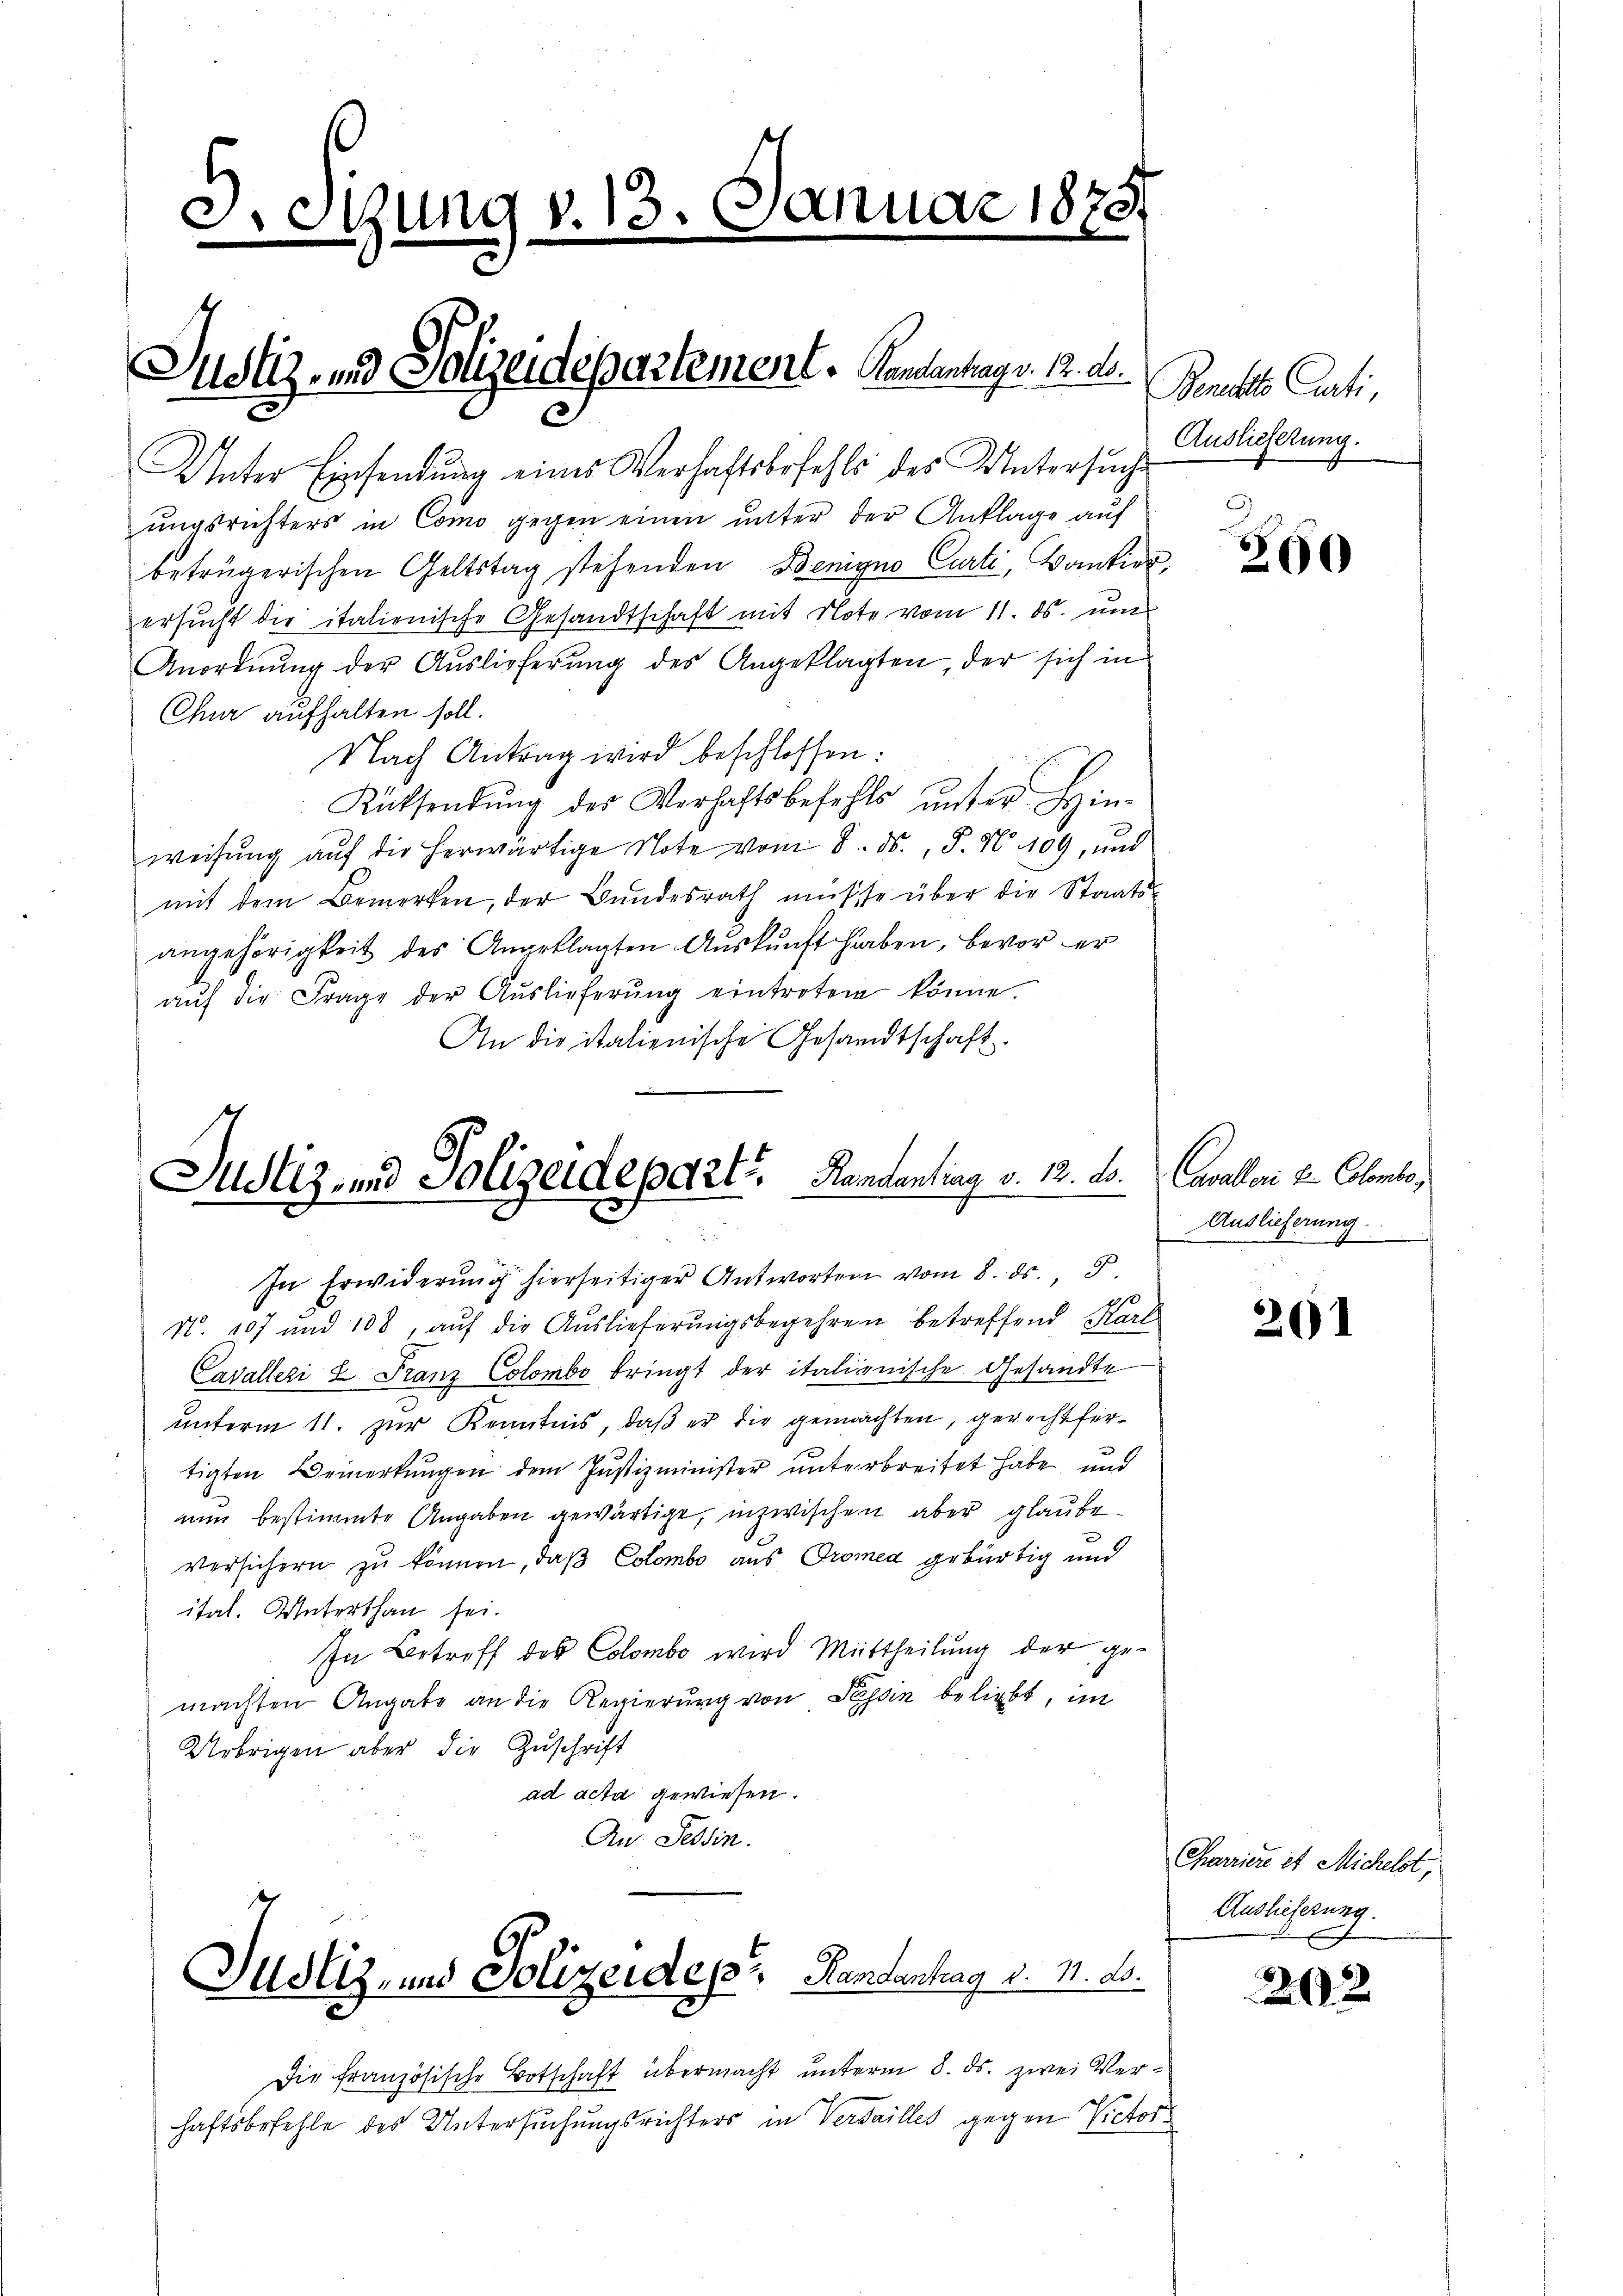
d. Sizung v. 13. Januar 1873

Justiz- und Polizeidepartement. Handentags. 12. ds.

Unter Einsendung eines Verhaftsbefehls des Untersuche
ungsrichters in Como gegen einen unter der Anklage auf
betrügerischen Geltstag stehenden Benigno Curti, Bankier,
ersucht die italienische Gesandtschaft mit Note vom 11. ds. um
Anordnŭng der Auslieferŭng des Angeklagten, der sich in
Chur aufhalten soll.
Nach Antrag wird beschlossen:
Rücksendŭng des Verhaftsbefehls ŭnter Hin-
weisung auf die herwärtige Note vom 8. ds., P. N. 109, und
mit dem Bemerken, der Bundesrath müsse über die Staats-
angehörigkeit des Angeklagten Aŭskŭnft haben, bevor er
aŭf die Frage der Aŭslieferŭng eintreten könne.
An die italienische Gesandtschaft.

Justiz- und Polizeidepart. Handentrag v. 12. ds. Cavallari u. Colombe,

In Erwiderŭng hierseitiger Antworten vom 8. ds. 5.
N. 107 und 100, aŭf die Auslieferungsbegehren betreffend Karl

Cavalleri u Franz Colombo bringt der italienische Gesandte
unterm 11. zur Kenntnis, daß er die gemachten, gerechtfertigten Bemerkungen dem Justizminister unterbreitet habe, und
nun bestimmte Angaben gewärtige, inzwischen aber glaube
Versichern zu können, daß Colombo aus Promea gebürtig und
ital. Unterthan sei.
In Betroff des Colombo wird Mittheilung der gemachten Angabe an die Regierung von Tessin beliebt, im
Uebrigen aber die Zuschrift
ad acta gewiesen.
An Tessin.

Justiz- und Polizeiden Handantrag v. M. D.
Die französische Botschaft übermacht unterm 8. ds. zwei Ver¬

Benachte Curti
Auslieferung.

haftsbefehle des Untersuchungsrichters in Verdailles gegen Victor¬

200

Auslieferung.

261

Charriere et Michelst,
Auslieferung.

262